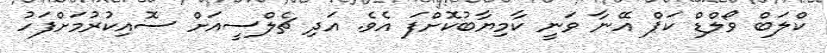
ކްލަބް ވޯލްޑް ކަޕް އޭނާ ވަނީ ކާމިޔާބުކޮށްފަ އެވެ. އަދި ޗެލްސީއަށް ސޮއިކުރުމަށްފަހު